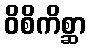
ဝိစိကိစ္ဆာ